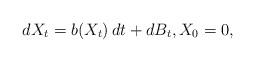
LaTeX: \begin{align*}dX_t = b(X_t)\,dt + dB_t, X_0 = 0,\end{align*}